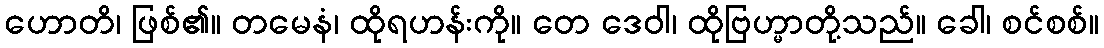
ဟောတိ၊ ဖြစ်၏။ တမေနံ၊ ထိုရဟန်းကို။ တေ ဒေဝါ၊ ထိုဗြဟ္မာတို့သည်။ ခေါ၊ စင်စစ်။